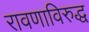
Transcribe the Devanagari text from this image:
रावणाविरुद्ध